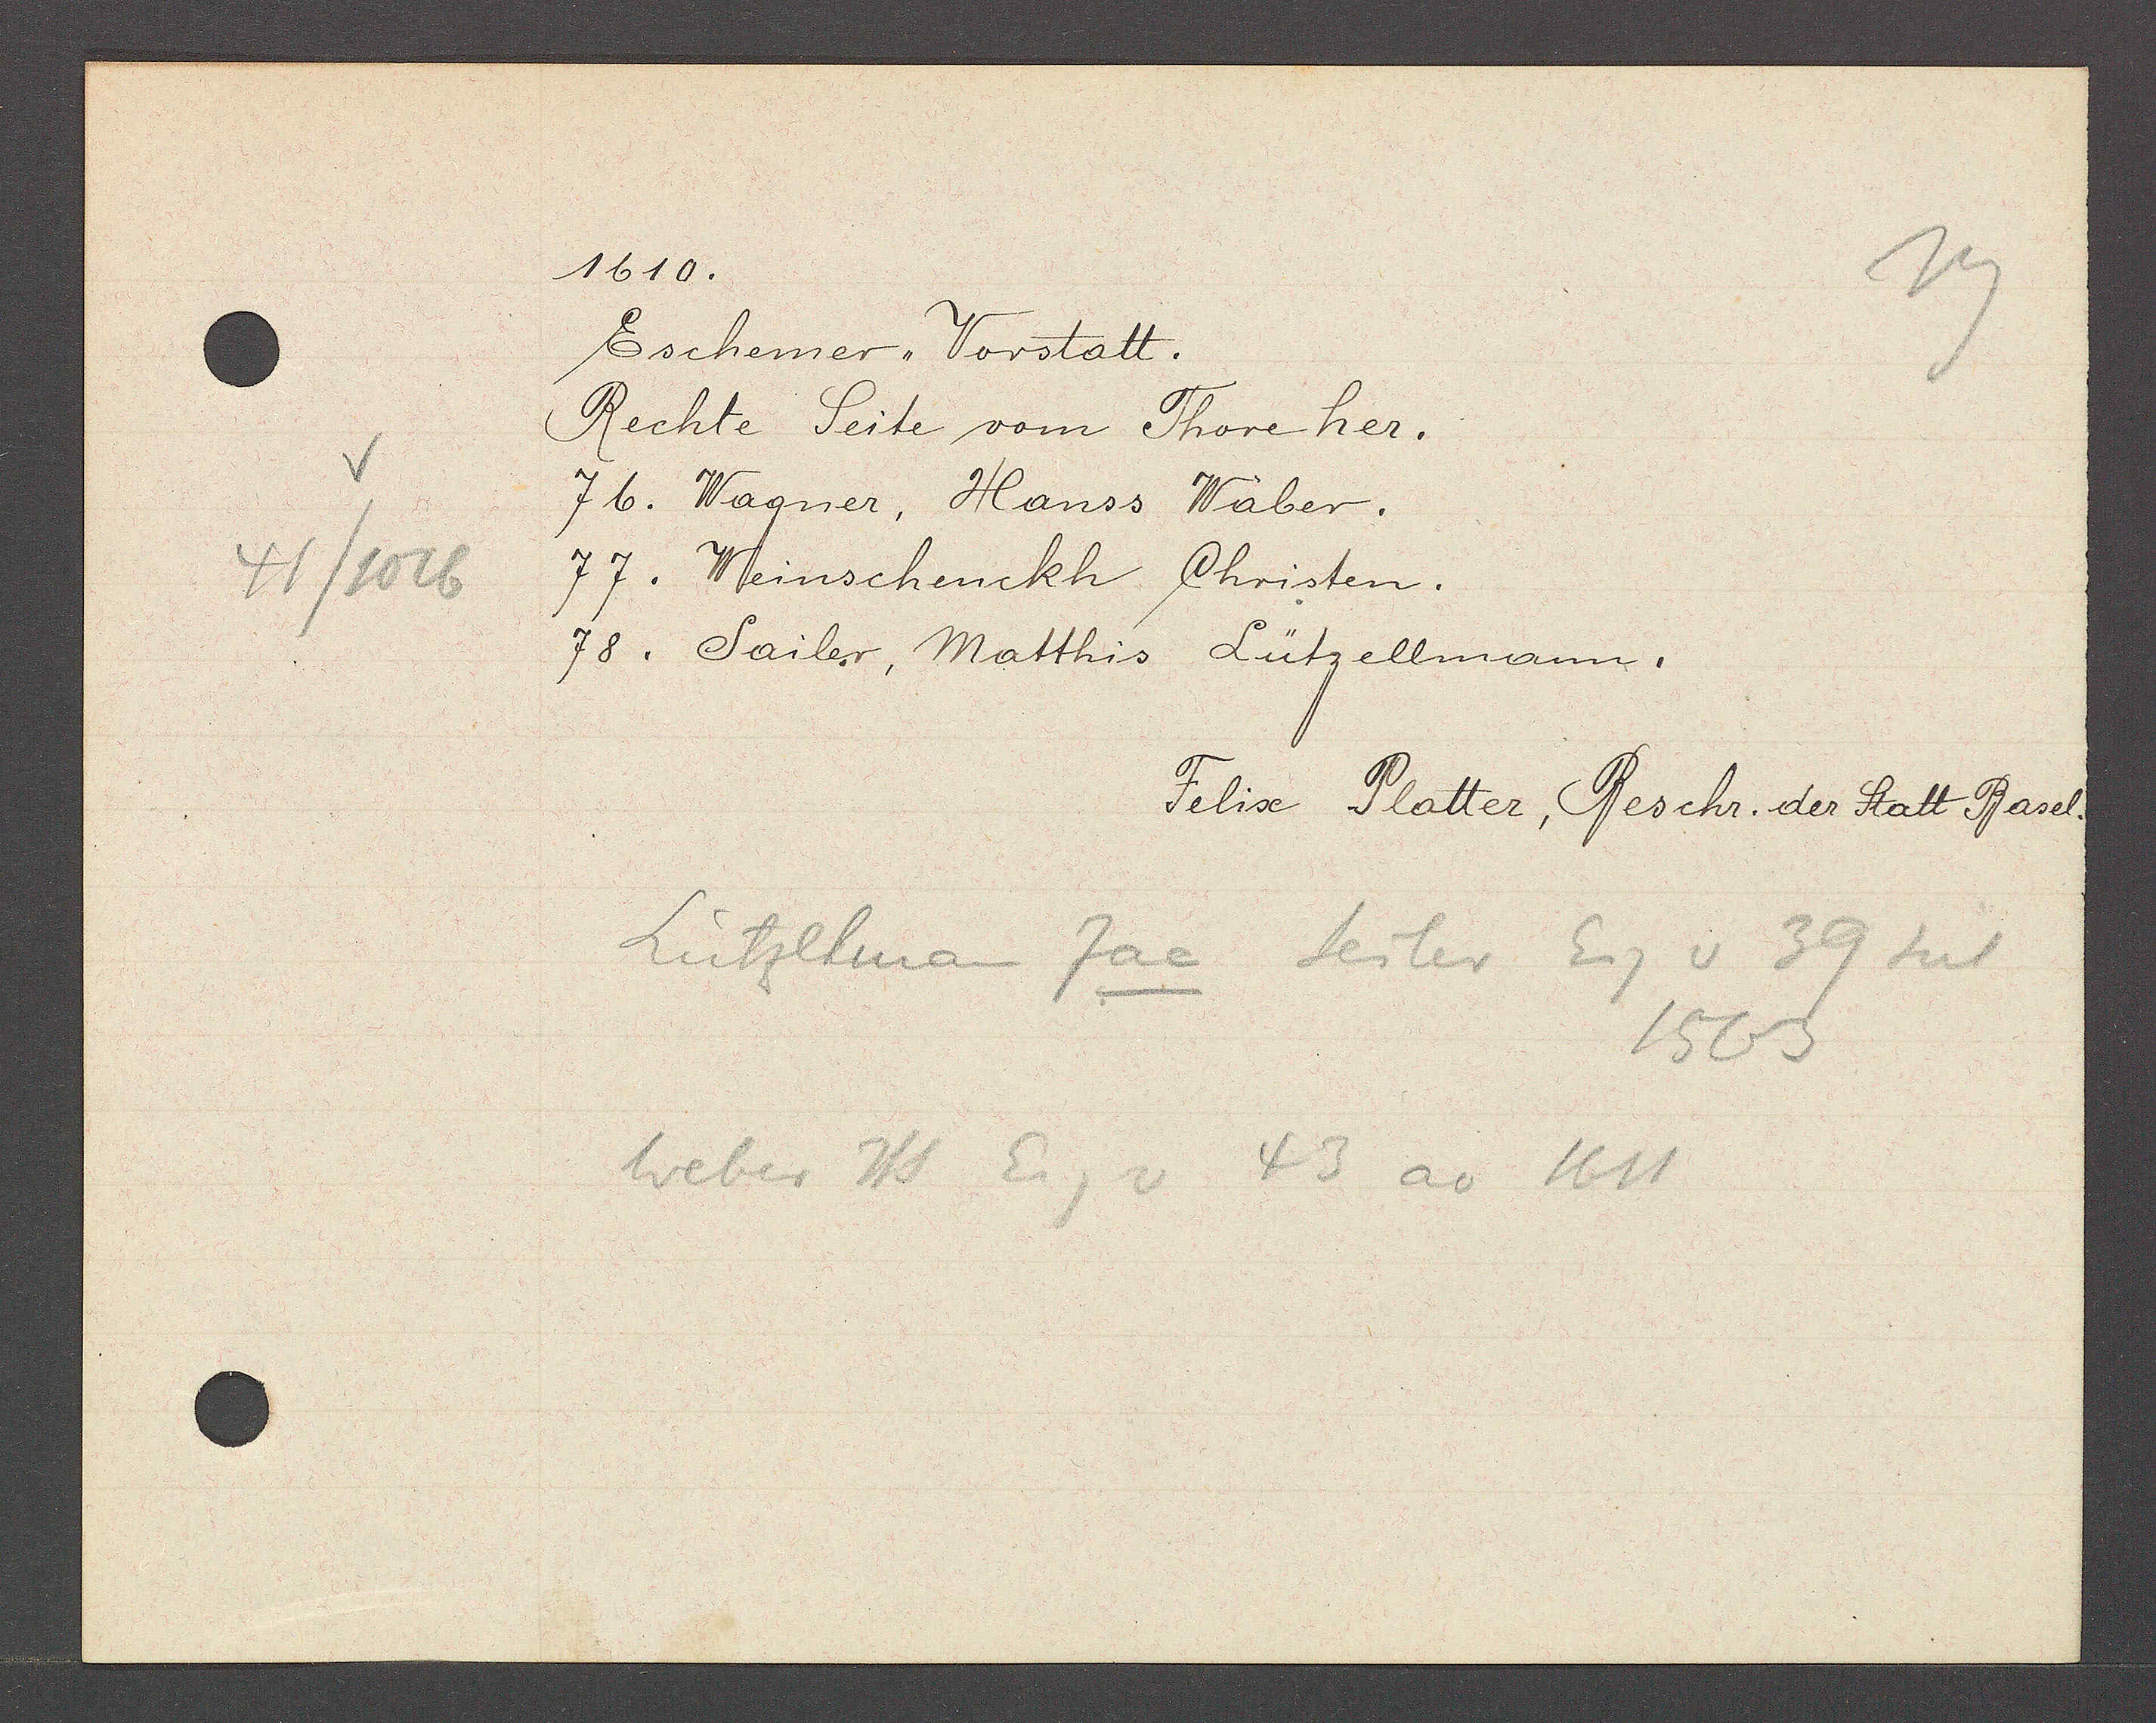
Transcript:
41/1016

1610.

Eschemer Vorstatt.
Rechte Seite vom Thoreher.
76. Wagner, Hanss Wäber.
77. Weinschenckh Christen.
78. Sailer, Matthis Lützellmann.

Felix Platter, Beschr. der Statt Basel.

Lützelman Jac Seiler Eig v 39 seit
1563
Weber Hs Eig v 43 ao 1611